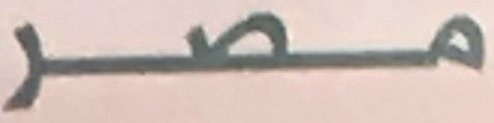
مصر